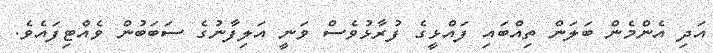
އަދި އެންމެން ބަލަން ތިއްބައި ފައްޅީގެ ފުރާޅުވެސް ވަނީ އަލިފާނުގެ ސަބަބުން ވެއްޓިފައެވެ.